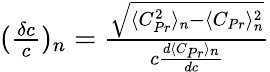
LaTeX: \begin{array}{r}{(\frac{\delta c}{c})_{n}=\frac{\sqrt{\langle C_{Pr}^{2}\rangle_{n}-\langle C_{Pr}\rangle_{n}^{2}}}{c\frac{d\langle C_{Pr}\rangle_{n}}{dc}}}\end{array}